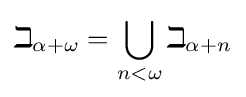
\beth _{\alpha +\omega }=\bigcup _{n<\omega }\beth _{\alpha +n}